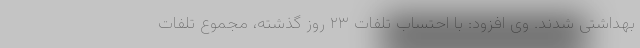
بهداشتی شدند. وی افزود: با احتساب تلفات ۲۳ روز گذشته، مجموع تلفات